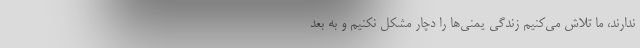
ندارند، ما تلاش می‌کنیم زندگی یمنی‌ها را دچار مشکل نکنیم و به بعد